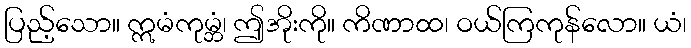
ပြည့်သော။ ဣမံကုမ္ဘံ၊ ဤအိုးကို။ ကိဏာထ၊ ဝယ်ကြကုန်လော။ ယံ၊